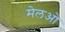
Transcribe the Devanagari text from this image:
मेलओ